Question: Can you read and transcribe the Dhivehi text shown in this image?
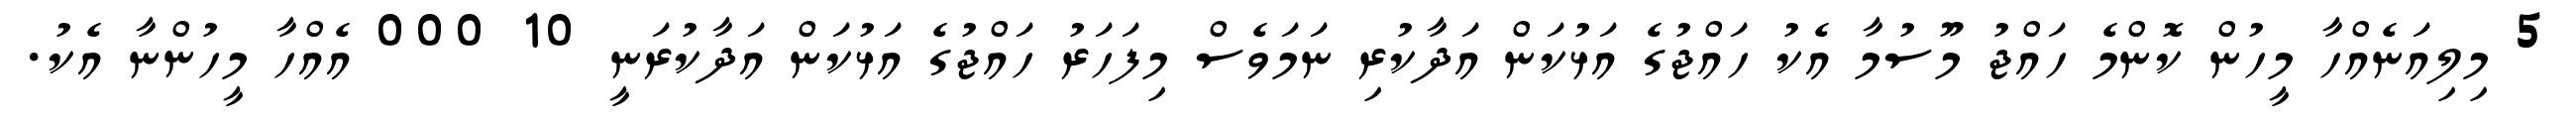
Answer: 5 މިލިއަނެއްހާ މީހުން ކޮންމެ ހައްޖު މޫސުމާ އެކު ހައްޖުގެ އަޅުކަން އަދާކުރި ނަމަވެސް މިފަހަރު ހައްޖުގެ އަޅުކަން އަދާކުރަނީ 10 000 އެއްހާ މީހުންނާ އެކު.